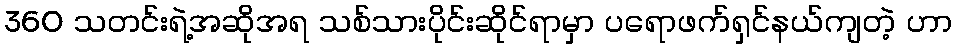
360 သတင်းရဲ့အဆိုအရ သစ်သားပိုင်းဆိုင်ရာမှာ ပရောဖက်ရှင်နယ်ကျတဲ့ ဟာ